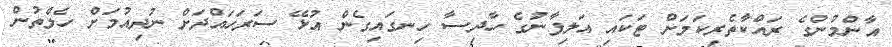
އާންމުންގެ ރައްކާތެރިކަމަށް ޓަކައި އަލިފާނުގެ ހާދިސާ ހިނގައިގެން އުޅޭ ސަރަހައްދަށް ނުދިއުމަށް ހެލްތުން